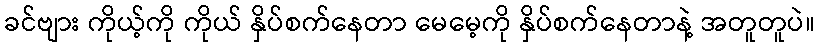
ခင်ဗျား ကိုယ့်ကို ကိုယ် နှိပ်စက်နေတာ မေမေ့ကို နှိပ်စက်နေတာနဲ့ အတူတူပဲ။